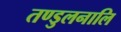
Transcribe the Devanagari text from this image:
तण्डुलनालि